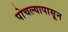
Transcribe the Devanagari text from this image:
पोचल्यापासून